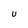
Character: U